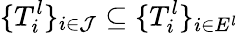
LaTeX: \{ T_{i}^{l}\} _{i\in\mathcal{J}}\subseteq\{ T_{i}^{l}\} _{i\in E^{l}}